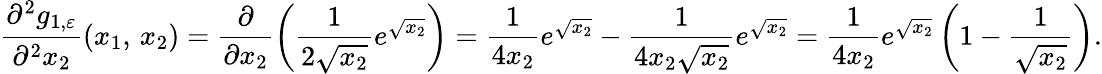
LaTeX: \frac{\partial^{2}g_{1,\varepsilon}}{\partial^{2}x_{2}}(x_{1},\, x_{2})=\frac{\partial}{\partial x_{2}}\left(\frac{1}{2\sqrt{x_{2}}}e^{\sqrt{x_{2}}}\right)=\frac{1}{4x_{2}}e^{\sqrt{x_{2}}}-\frac{1}{4x_{2}\sqrt{x_{2}}}e^{\sqrt{x_{2}}}=\frac{1}{4x_{2}}e^{\sqrt{x_{2}}}\left(1-\frac{1}{\sqrt{x_{2}}}\right).